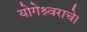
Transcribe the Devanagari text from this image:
योगेश्र्वराचे।